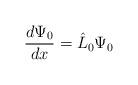
LaTeX: \begin{gather*}\frac{d\Psi_0}{dx} = \hat{L}_0 \Psi_0\end{gather*}